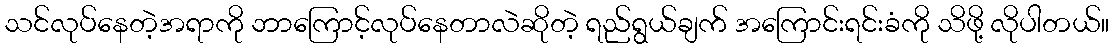
သင်လုပ်နေတဲ့အရာကို ဘာကြောင့်လုပ်နေတာလဲဆိုတဲ့ ရည်ရွယ်ချက် အကြောင်းရင်းခံကို သိဖို့ လိုပါတယ်။